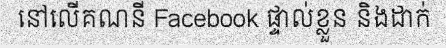
នៅលើគណនី Facebook ផ្ទាល់ខ្លួន និងដាក់